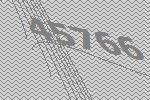
45766